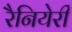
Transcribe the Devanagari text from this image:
रैनियेरी